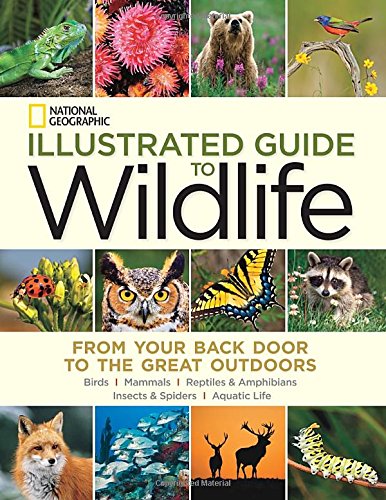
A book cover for National Geographic Illustrated Guide to Wildlife: From Your Back Door to the Great Outdoors; National Geographic; Science & Math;